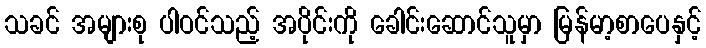
သခင် အများစု ပါဝင်သည့် အပိုင်းကို ခေါင်းဆောင်သူမှာ မြန်မာ့စာပေနှင့်